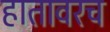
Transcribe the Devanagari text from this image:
हातावरच